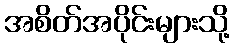
အစိတ်အပိုင်းများသို့